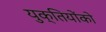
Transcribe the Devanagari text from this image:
युक्तियोंको